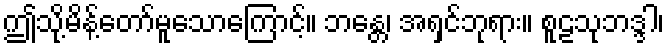
ဤသို့မိန့်တော်မူသောကြောင့်။ ဘန္တေ၊ အရှင်ဘုရား။ စူဠသုဘဒ္ဒါ၊